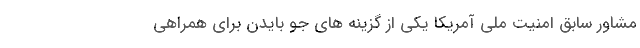
مشاور سابق امنیت ملی آمریکا یکی از گزینه های جو بایدن برای همراهی